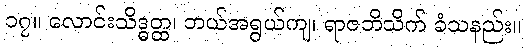
၁၇။ လောင်းသိဒ္ဓတ္ထ၊ ဘယ်အရွယ်ကျ၊ ရာဇဘိသိက် ခံသနည်း။